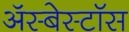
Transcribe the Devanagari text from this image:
ॲस्बेस्टॉस